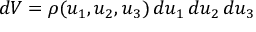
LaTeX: d V = \rho ( u _ { 1 } , u _ { 2 } , u _ { 3 } ) \, d u _ { 1 } \, d u _ { 2 } \, d u _ { 3 }